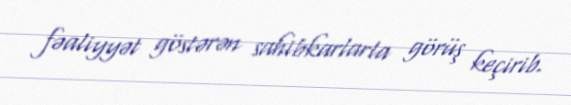
fəaliyyət göstərən sahibkarlarla görüş keçirib.